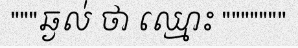
"""ឆ្ងល់ ថា ឈ្មោះ """""""